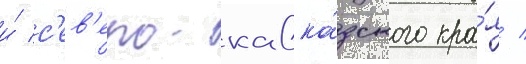
и́ с'ев'еро-кавка́зского кра́я /